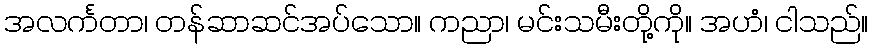
အလင်္ကတာ၊ တန်ဆာဆင်အပ်သော။ ကညာ၊ မင်းသမီးတို့ကို။ အဟံ၊ ငါသည်။